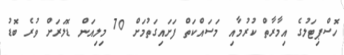
ހޮސްޕިޓަލުގެ އިމާރާތް ކުރުމާއި މަސައްކަތް ފަށައިގަތުމަށް 70 މިލިއަން ޑޮލަރަށް ވުރެ ބޮޑު